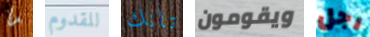
ما للقدوم تانك ويقومون رجل